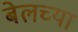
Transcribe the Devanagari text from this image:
बेलच्या